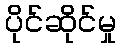
ပိုင်ဆိုင်မှု